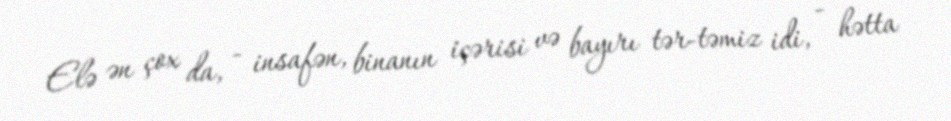
Elə ən çox da, - insafən, binanın içərisi və bayırı tər-təmiz idi, - hətta